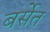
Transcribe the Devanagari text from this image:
बर्सेत